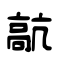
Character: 髚